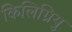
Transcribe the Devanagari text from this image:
किलिग्रियु